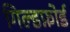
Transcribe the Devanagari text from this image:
गिल्डफ़ोर्ड